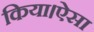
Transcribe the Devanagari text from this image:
किया।ऐसा